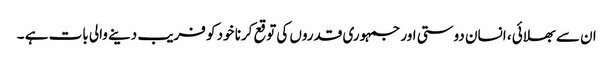
ان سے بھلائی ، انسان دوستی اور جمہوری قدروں کی توقع کرنا خود کو فریب دینے والی بات ہے ۔